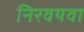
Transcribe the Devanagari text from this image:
निरवयवा